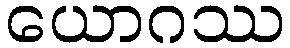
ယောဂဿ